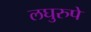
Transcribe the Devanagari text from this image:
लघुरुपे